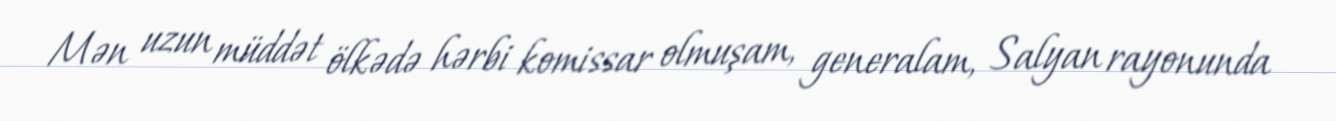
Mən uzun müddət ölkədə hərbi komissar olmuşam, generalam, Salyan rayonunda